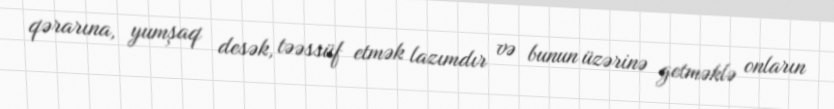
qərarına, yumşaq desək, təəssüf etmək lazımdır və bunun üzərinə getməklə onların